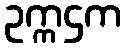
ဥက္ကဌက